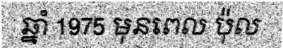
ឆ្នាំ 1975 មុនពេល ប៉ុល